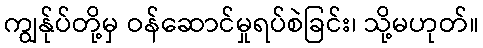
ကျွန်ုပ်တို့မှ ဝန်ဆောင်မှုရပ်စဲခြင်း၊ သို့မဟုတ်။